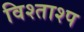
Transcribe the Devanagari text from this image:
विश्ताश्प